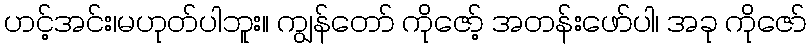
ဟင့်အင်း၊မဟုတ်ပါဘူး။ ကျွန်တော် ကိုဇော့် အတန်းဖော်ပါ၊ အခု ကိုဇော်